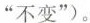
不变”)。